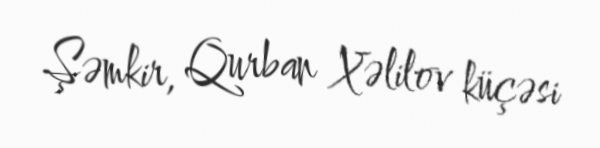
Şəmkir, Qurban Xəlilov küçəsi